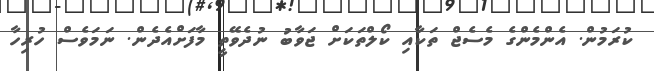
ކުރަމުން. އެންމެންގެ މެސެޖް ތަކާއި ކޯލްތަކަށް ޖަވާބު ނުދެވޭތީ މާފަށްއެދެން. ނަމަވެސް ހުރިހާ